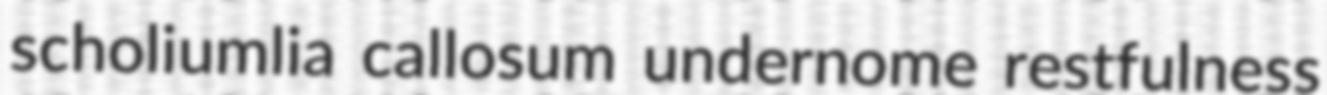
scholiumlia callosum undernome restfulness